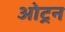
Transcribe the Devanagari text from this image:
ओट्रन